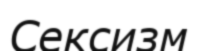
Сексизм